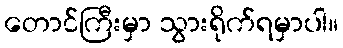
တောင်ကြီးမှာ သွားရိုက်ရမှာပါ။